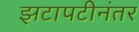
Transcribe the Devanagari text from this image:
झटापटीनंतर